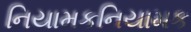
નિયામકનિયામક